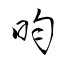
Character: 昀